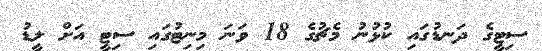
ސިޓީގެ ދަނޑުގައި ކުޅުނު މެޗުގެ 18 ވަނަ މިނިޓުގައި ސިޓީ އަށް ލީޑު